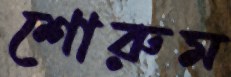
শোরুম